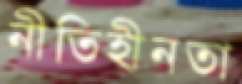
নীতিহীনতা